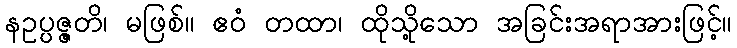
နဥပ္ပဇ္ဇတိ၊ မဖြစ်။ ဧဝံ တထာ၊ ထိုသို့သော အခြင်းအရာအားဖြင့်။